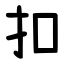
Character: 扣